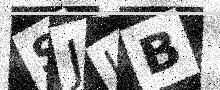
Text: SJIB